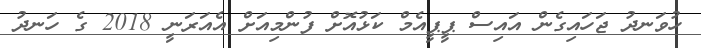
ހުވަނދު ޖަހައިގެން އައިސް ޕީޕީއެމް ކަޅުއޮށް ފުންމިއަށް އެއަރަނީ 2018 ގެ ހަނދު